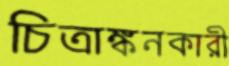
চিত্রাঙ্কনকারী